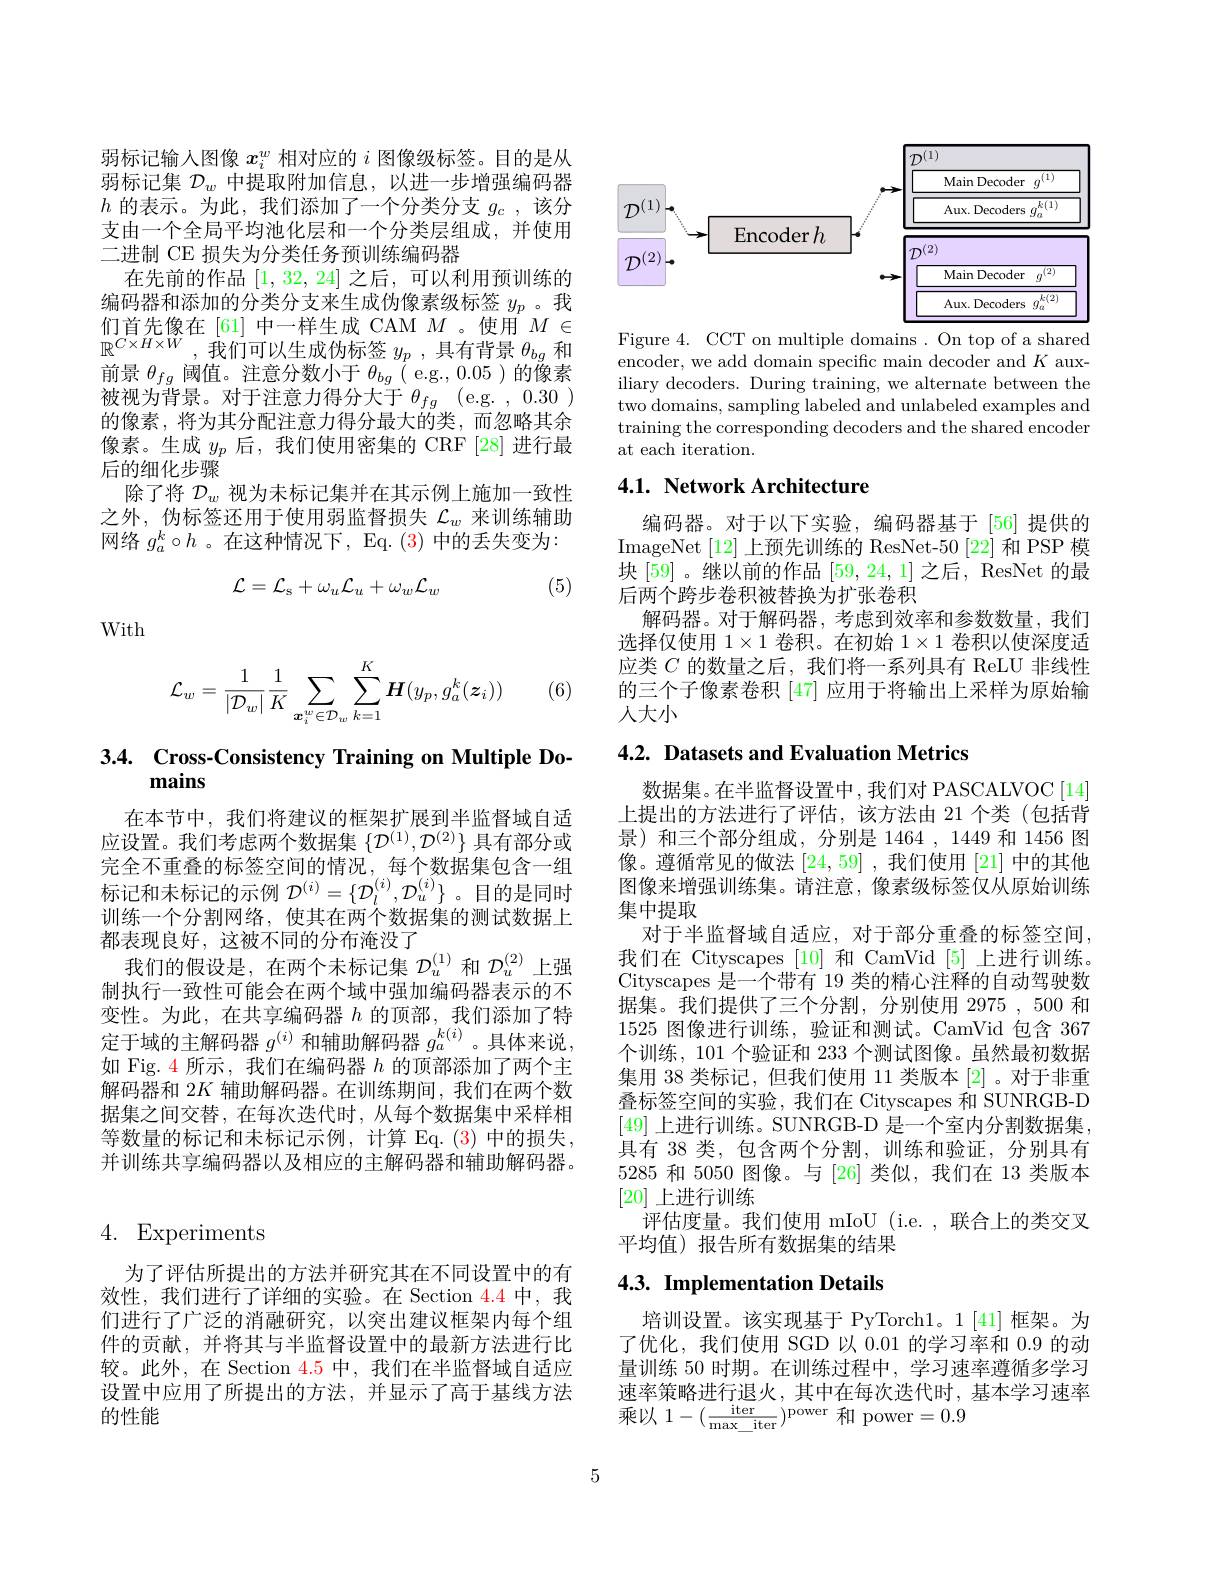
弱标记输人图像$x_i^w$相对应的$i$图像级标签。目的是从弱标记集$\mathcal{D}_w$中提取附加信息，以进一步增强编码器$h$的表示。为此，我们添加了一个分类分支$g_c$,该分支由一个全局平均池化层和一个分类层组成，并使用二进制 CE 损失为分类任务预训练编码器
在先前的作品[1,32,24]之后，可以利用预训练的编码器和添加的分类分支来生成伪像素级标签$y_p$ 。我们首先像在[61]中一样生成 CAM $M$ 。使用$M\in$ $\mathbb{R}^{C\times H\times W}$,我们可以生成伪标签$y_p$,具有背景$\theta_bg$和前景$\theta_{fg}$阈值。注意分数小于$\theta_bg$ ( e.g., 0.05 )的像素被视为背景。对于注意力得分大于$\theta_{fg}$ (e.g. , 0.30 ) 的像素，将为其分配注意力得分最大的类，而忽略其余像素。生成$y_p$后，我们使用密集的 CRF [28] 进行最后的细化步骤
除了将$\mathcal{D}_w$视为未标记集并在其示例上施加一致性之外，伪标签还用于使用弱监督损失$\mathcal{L}_w$来训练辅助网络$g_a^k\circ h$ 。在这种情况下，Eq. (3)中的丢失变为：
$$\mathcal{L}=\mathcal{L}_{\mathrm{s}}+\omega_{u}\mathcal{L}_{u}+\omega_{w}\mathcal{L}_{w}$$
(5)

With

(6)
$$\mathcal{L}_w=\frac{1}{|\mathcal{D}_w|}\frac{1}{K}\sum_{\boldsymbol{x}_i^w\in\mathcal{D}_w}\sum_{k=1}^K\boldsymbol{H}(y_p,g_a^k(\boldsymbol{z}_i))$$
# 3.4. Cross-Consistency Training on Multiple Do-

在本节中，我们将建议的框架扩展到半监督域自适应设置。我们考虑两个数据集$\{\mathcal{D}^(1),\mathcal{D}^{(2)}\}$具有部分或完全不重叠的标签空间的情况，每个数据集包含一组标记和未标记的示例$\mathcal{D}^{(i)}=\{\mathcal{D}_l^{(i)},\mathcal{D}_u^{(i)}\}$ 。目的是同时训练一个分割网络，使其在两个数据集的测试数据上都表现良好，这被不同的分布淹没了
我们的假设是，在两个未标记集$\mathcal{D}_u^{(1)}$和$\mathcal{D}_u^{(2)}$上强制执行一致性可能会在两个域中强加编码器表示的不变性。为此，在共享编码器$h$的顶部，我们添加了特定于域的主解码器$g^{(i)}$和辅助解码器$g_a^{k(i)}$ 。具体来说， 如 Fig. 4 所示，我们在编码器$h$的顶部添加了两个主解码器和$2K$辅助解码器。在训练期间，我们在两个数据集之间交替，在每次迭代时，从每个数据集中采样相等数量的标记和未标记示例，计算 Eq.(3)中的损失， 并训练共享编码器以及相应的主解码器和辅助解码器。

## 4. Experiments

为了评估所提出的方法并研究其在不同设置中的有效性，我们进行了详细的实验。在 Section 4.4 中，我们进行了广泛的消融研究，以突出建议框架内每个组件的贡献，并将其与半监督设置中的最新方法进行比较。此外，在 Section 4.5 中，我们在半监督域自适应设置中应用了所提出的方法，并显示了高于基线方法的性能

<FigureHere>

Figure 4. CCT on multiple domains. On top of a shared encoder, we add domain specific main decoder and $K$ auxiliary decoders. During training, we alternate between the two domains, sampling labeled and unlabeled examples and training the corresponding decoders and the shared encoder at each iteration.

## 4.1. Network Architecture

编码器。对于以下实验，编码器基于[56]提供的ImageNet [12]上预先训练的 ResNet-50 [22] 和 PSP 模块 [59]。继以前的作品 [59,24,1] 之后，ResNet 的最后两个跨步卷积被替换为扩张卷积
解码器。对于解码器，考虑到效率和参数数量，我们选择仅使用 1$\times1$卷积。在初始$1\times1$卷积以使深度适应类$C$的数量之后，我们将一系列具有 ReLU 非线性的三个子像素卷积 [47] 应用于将输出上采样为原始输人大小

## 4.2. Datasets and Evaluation Metrics

数据集。在半监督设置中，我们对 PASCALVOC[14] 上提出的方法进行了评估，该方法由 21 个类 (包括背景)和三个部分组成，分别是 1464 , 1449 和 1456 图像。遵循常见的做法[24,59] ,我们使用 [21] 中的其他图像来增强训练集。请注意，像素级标签仅从原始训练集中提取
对于半监督域自适应，对于部分重叠的标签空间我们在 Cityscapes [10]和 CamVid [5]上进行训练。Cityscapes 是一个带有 19 类的精心注释的自动驾驶数据集。我们提供了三个分割，分别使用 2975 , 500 和1525图像进行训练，验证和测试。CamVid 包含 367个训练，101 个验证和 233 个测试图像。虽然最初数据集用 38 类标记，但我们使用 11 类版本[2]。对于非重叠标签空间的实验，我们在 Cityscapes 和 SUNRGB-D [49]上进行训练。SUNRGB-D 是一个室内分割数据集， 具有 38 类，包含两个分割，训练和验证，分别具有5285和 5050 图像。与 [26] 类似，我们在 13 类版本[20]上进行训练
评估度量。我们使用 mIoU (i.e., 联合上的类交叉
平均值)报告所有数据集的结果

## 4.3. Implementation Details

培训设置。该实现基于 PyTorch1。1[41] 框架。为了优化，我们使用 SGD 以 0.01 的学习率和 0.9 的动量训练 50 时期。在训练过程中，学习速率遵循多学习速率策略进行退火，其中在每次迭代时，基本学习速率乘以$1-(\frac{\mathrm{iter}}{\mathrm{max\_iter}})^{\mathrm{power}}$和 power=0.9

5